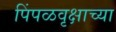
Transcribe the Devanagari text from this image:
पिंपळवृक्षाच्या